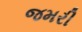
જમરી